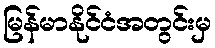
မြန်မာနိုင်ငံအတွင်းမှ